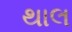
થાલ